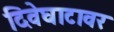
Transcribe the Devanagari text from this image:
दिवेघाटावर